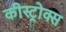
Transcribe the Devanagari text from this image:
कीस्ट्रोक्स